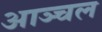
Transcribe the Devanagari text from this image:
आञ्चल